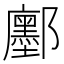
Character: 𮠔